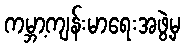
ကမ္ဘာ့ကျန်းမာရေးအဖွဲ့မှ